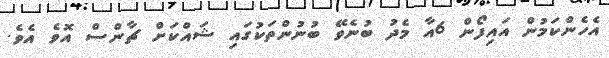
އެހެންކަމުން އައިފޯން 6އާ މެދު ބުނެވޭ ބުނުންތަކުގައި ޝައްކަށް ޗާންސް އޮވެ އެވެ.